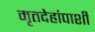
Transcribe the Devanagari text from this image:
मृतदेहांपाशी